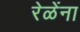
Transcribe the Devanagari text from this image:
रेळेंना